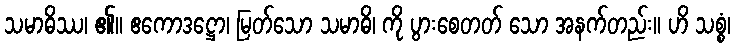
သမာဓိဿ၊ ၏။ ဧကောဒဋ္ဌော၊ မြတ်သော သမာဓိ၊ ကို ပွားစေတတ် သော အနက်တည်း။ ဟိ သစ္စံ၊